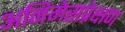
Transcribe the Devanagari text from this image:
अनिमेसप्रेक्षण